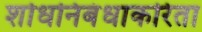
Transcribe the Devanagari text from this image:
शोधनिबंधाकरिता